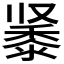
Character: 𬹔